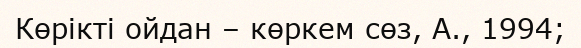
Көрікті ойдан – көркем сөз, А., 1994;